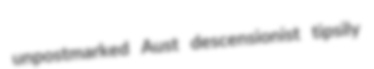
unpostmarked Aust descensionist tipsily